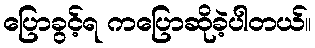
ပြောခွင့်ရ ကပြောဆိုခဲ့ပါတယ်။